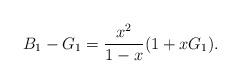
LaTeX: \begin{align*} B_1 - G_1 = \frac{x^2}{1-x}(1+xG_1).\end{align*}